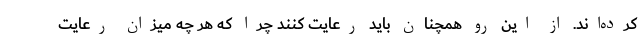
کرده‌اند. از این رو همچنان باید رعایت کنند چرا که هر چه میزان رعایت